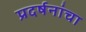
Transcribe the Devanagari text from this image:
प्रदर्षनांचा